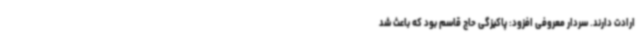
ارادت دارند. سردار معروفی افزود: پاکیزگی حاج قاسم بود که باعث شد